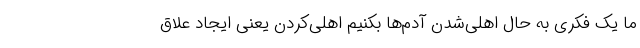
ما یک فکری به حال اهلی‌شدن آدم‌ها بکنیم اهلی‌کردن یعنی ایجاد علاق